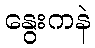
နွေးကနဲ